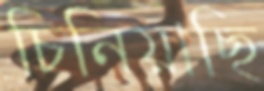
চিনিয়াছি